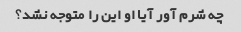
چه شرم آور آیا او این را متوجه نشد؟